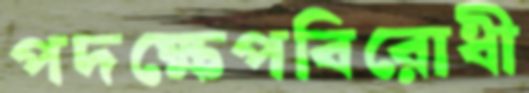
পদক্ষেপবিরোধী